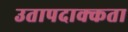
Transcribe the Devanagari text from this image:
उतापदाक्कता